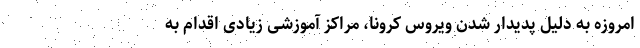
امروزه به دلیل پدیدار شدن ویروس کرونا، مراکز آموزشی زیادی اقدام به